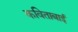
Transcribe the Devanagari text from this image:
कविताबाई